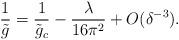
LaTeX: \begin{align*}{1 \over {\tilde g}}={1 \over {\tilde g_c }}-{\lambda\over 16\pi^2}+O(\delta^{-3}).\end{align*}